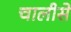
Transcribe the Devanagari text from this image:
चालीसे